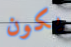
يكون